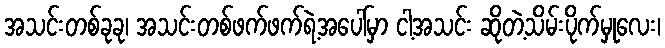
အသင်းတစ်ခုခု၊ အသင်းတစ်ဖက်ဖက်ရဲ့အပေါ်မှာ ငါ့အသင်း ဆိုတဲ့သိမ်းပိုက်မှုလေး၊